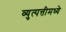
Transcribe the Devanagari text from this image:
व्युत्पत्तीमध्ये